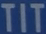
TIT